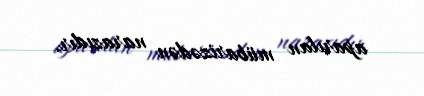
aparılan mübarizədən narazıdır.